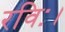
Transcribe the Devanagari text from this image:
रविः।